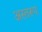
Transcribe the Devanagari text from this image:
अस्तरूप